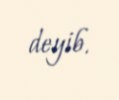
deyib.